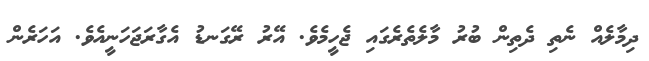
ދިމާލެއް ނެތި ދެތިން ބުރު މާލެތެރެގައި ޖެހީމެވެ. އޭރު ރޭގަނޑު އެގާރަޖަހަނީއެވެ. އަހަރެން